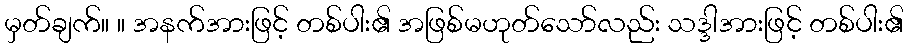
မှတ်ချက်။ ။ အနက်အားဖြင့် တစ်ပါး၏ အဖြစ်မဟုတ်သော်လည်း သဒ္ဒါအားဖြင့် တစ်ပါး၏